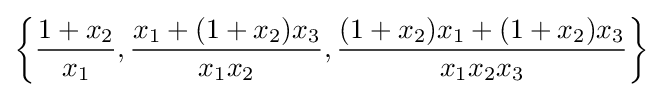
\left\{{\frac {1+x_{2}}{x_{1}}},{\frac {x_{1}+(1+x_{2})x_{3}}{x_{1}x_{2}}},{\frac {(1+x_{2})x_{1}+(1+x_{2})x_{3}}{x_{1}x_{2}x_{3}}}\right\}